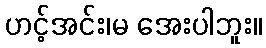
ဟင့်အင်း၊မ အေးပါဘူး။